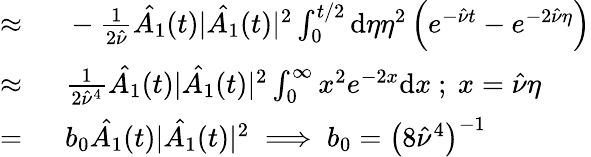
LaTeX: \begin{array}{rl}{\approx\ }&{{}-\frac{1}{2\hat{\nu}}\hat{A_{1}}(t)|\hat{A_{1}}(t)|^{2}\int_{0}^{t/2}\mathrm{d}\eta\eta^{2}\left(e^{-\hat{\nu}t}-e^{-2\hat{\nu}\eta}\right)}\\ {\approx\ }&{{}\frac{1}{2\hat{\nu}^{4}}\hat{A_{1}}(t)|\hat{A_{1}}(t)|^{2}\int_{0}^{\infty}x^{2}e^{-2x}\mathrm{d}x\ ;\ x=\hat{\nu}\eta}\\ {=\ }&{{}b_{0}\hat{A_{1}}(t)|\hat{A_{1}}(t)|^{2}\implies b_{0}=\left(8\hat{\nu}^{4}\right)^{-1}}\end{array}